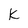
Character: k